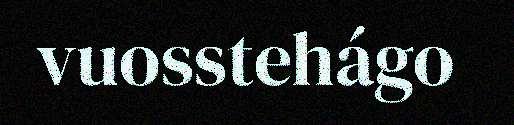
vuosstehágo